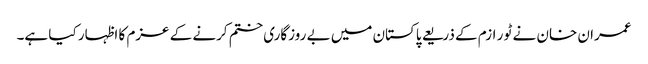
عمران خان نے ٹو ر ازم کے ذریعے پاکستان میں بے روزگاری ختم کرنے کے عزم کا اظہار کیا ہے۔